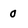
Character: 0